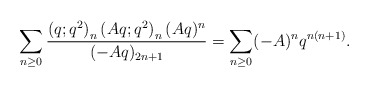
\begin{align*}\sum_{n\geq0}\frac{\left(q;q^2\right)_n\left(Aq;q^2\right)_n(Aq)^n}{(-Aq)_{2n+1}}=\sum_{n\geq0}(-A)^nq^{n(n+1)}.\end{align*}